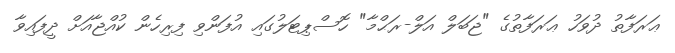
ޢަރަފާތު ދުވަހު ޢަރަފާތުގެ "ޖަބަލް އަލް-ރަޙްމާ" ހޮސްޕިޓަލުގައި އުފަންވި ފިރިހެން ކުއްޖާއަށް ދީފައިވާ